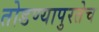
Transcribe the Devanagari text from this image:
तोडण्यापुरतेच